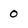
Character: 0